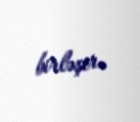
birləşir.